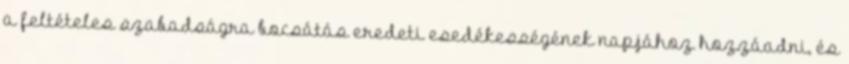
a feltételes szabadságra bocsátás eredeti esedékességének napjához hozzáadni, és